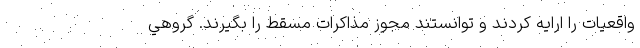
واقعيات را ارايه كردند و توانستند مجوز مذاكرات مسقط را بگيرند. گروهي